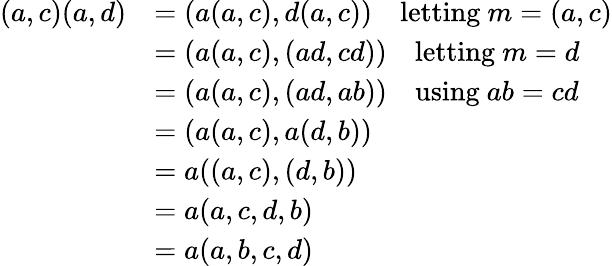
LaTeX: \begin{array}{rl}{(a,c)(a,d)}&{=(a(a,c),d(a,c))\quad\mathrm{letting~}m=(a,c)}\\ &{=(a(a,c),(ad,cd))\quad\mathrm{letting~}m=d}\\ &{=(a(a,c),(ad,ab))\quad\mathrm{using~}ab=cd}\\ &{=(a(a,c),a(d,b))}\\ &{=a((a,c),(d,b))}\\ &{=a(a,c,d,b)}\\ &{=a(a,b,c,d)}\end{array}